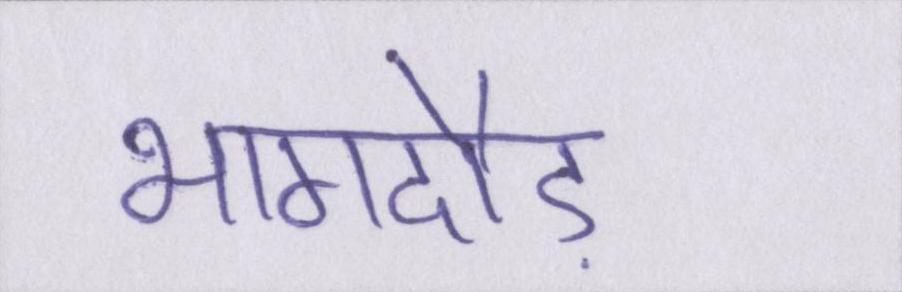
भागदौड़